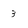
Character: 3